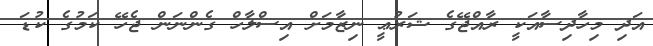
އަދި މިހާދިސާއަކީ ރާއްޖޭގެ ޝަރުޢީ ނިޒާމަށް އިސްލާހް ގެންނަން ޖެހޭ ކަމުގެ ކުޑަ